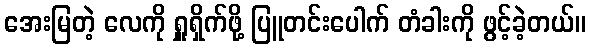
အေးမြတဲ့ လေကို ရှူရှိက်ဖို့ ပြူတင်းပေါက် တံခါးကို ဖွင့်ခဲ့တယ်။